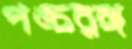
পঙ্চরঙ্গ